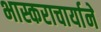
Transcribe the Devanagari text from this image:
भास्कराचार्याने